Plague in India, 1896, 1897 - Volume 1
Year: 1896
Disease focus: Plague
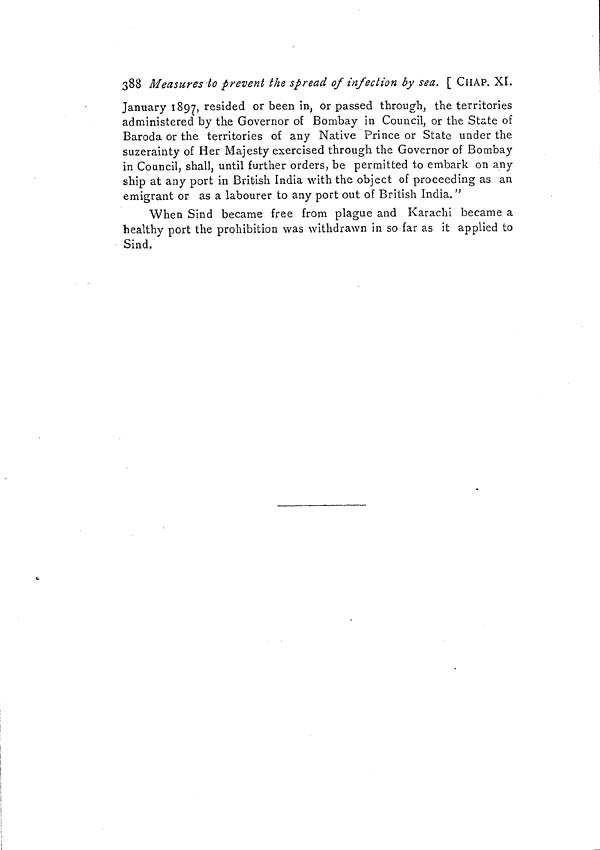
388 Measures to prevent the spread of infection by sea. [ CHAP. XI.
January 1897, resided or been in, or passed through, the territories
administered by the Governor of Bombay in Council, or the State of
Baroda or the territories of any Native Prince or State under the
suzerainty of Her Majesty exercised through the Governor of Bombay
in Council, shall, until further orders, be permitted to embark on any
ship at any port in British India with the object of proceeding as an
emigrant or as a labourer to any port out of British India."
When Sind became free from plague and Karachi became a
healthy port the prohibition was withdrawn in so far as it applied to
Sind.